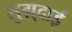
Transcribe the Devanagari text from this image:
सुग़्दाई